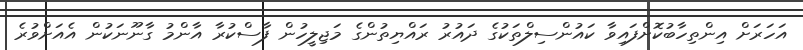
އަހަރަށް އިންތިހާބުކޮށްފައިވާ ކައުންސިލްތަކުގެ ދައުރު ރައްޔިތުންގެ މަޖިލީހުން ފާސްކުރާ އާންމު ގާނޫނަކުން އެއަށްވުރެ